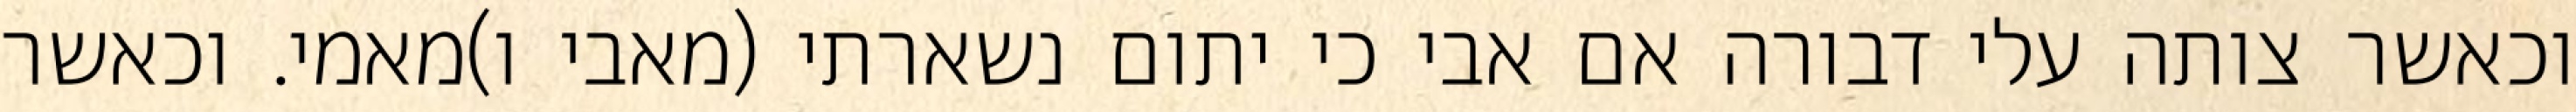
וכאשר צותה עלי דבורה אם אבי כי יתום נשארתי (מאבי ו)מאמי. וכאשר